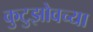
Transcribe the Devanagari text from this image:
कुटुझोवच्या